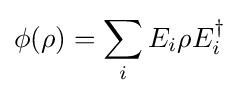
\phi (\rho )=\sum _{i}E_{i}\rho E_{i}^{\dagger }